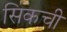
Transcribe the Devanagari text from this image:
सिकची